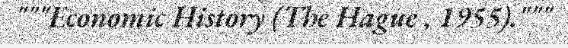
"""Economic History (The Hague , 1955)."""